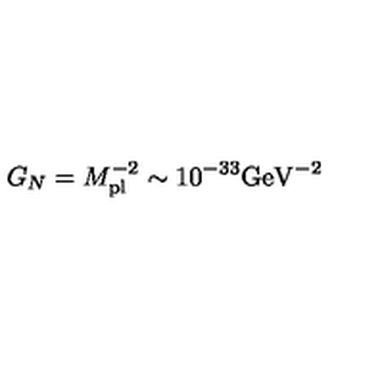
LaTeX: G _ { N } = M _ { \mathrm { p l } } ^ { - 2 } \sim 1 0 ^ { - 3 3 } \mathrm { G e V } ^ { - 2 }